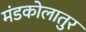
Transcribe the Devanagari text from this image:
मंडकोलातुर